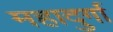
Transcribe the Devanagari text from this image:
महादुर्गा